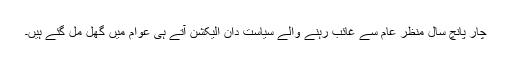
چار پانچ سال منظر عام سے غائب رہنے والے سیاست دان الیکشن آتے ہی عوام میں گھل مل گئے ہیں۔